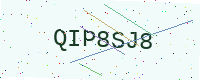
Text: QIP8SJ8